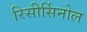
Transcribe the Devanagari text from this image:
रिसीर्सिनोल